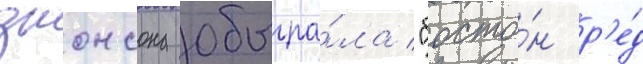
джонсона обыгра́ла "босто́н р'е́д